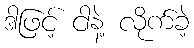
ဒါဖြင့် ငါနဲ့ လိုက်ခဲ့